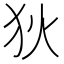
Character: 狄